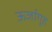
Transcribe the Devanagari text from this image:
ऊर्जागृह